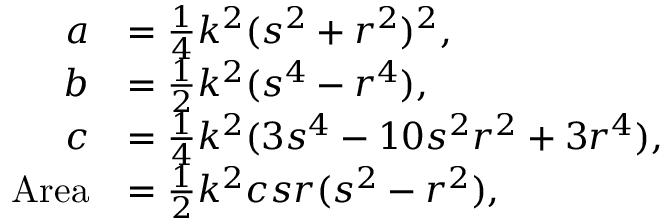
{ \begin{array} { r l } { a } & { = { \frac { 1 } { 4 } } k ^ { 2 } ( s ^ { 2 } + r ^ { 2 } ) ^ { 2 } , } \\ { b } & { = { \frac { 1 } { 2 } } k ^ { 2 } ( s ^ { 4 } - r ^ { 4 } ) , } \\ { c } & { = { \frac { 1 } { 4 } } k ^ { 2 } ( 3 s ^ { 4 } - 1 0 s ^ { 2 } r ^ { 2 } + 3 r ^ { 4 } ) , } \\ { { \mathrm { A r e a } } } & { = { \frac { 1 } { 2 } } k ^ { 2 } c s r ( s ^ { 2 } - r ^ { 2 } ) , } \end{array} }